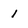
Character: 1